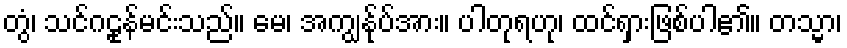
တွံ၊ သင်ဂဠုန်မင်းသည်။ မေ၊ အကျွန်ုပ်အား။ ပါတုရဟု၊ ထင်ရှားဖြစ်ပါ၏။ တသ္မာ၊